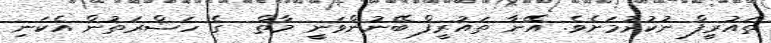
ތައުރީފް ނުކުރުމަށެވެ. އޭނާ ތައުރީފް ބޭނުންވަނީ މާތް  ގެ ހަޟްރަތުން އެކަނި